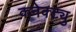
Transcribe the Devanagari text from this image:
कनेक्ट्यु